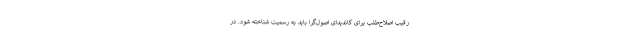
رقیب اصلاح‌طلب برای کاندیدای اصول‌گرا باید به رسمیت شناخته شود. در